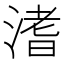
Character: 𣹡